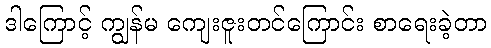
ဒါကြောင့် ကျွန်မ ကျေးဇူးတင်ကြောင်း စာရေးခဲ့တာ